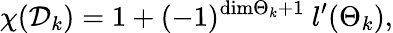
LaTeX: \chi({\cal D}_{k})=1+(-1)^{\mathrm{dim}{{\Theta}_{k}}+1}\ l^{\prime}({{\Theta}_{k}}),